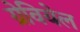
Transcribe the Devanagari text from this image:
ग्रेवियेल